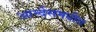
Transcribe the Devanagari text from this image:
आन्देसमधील